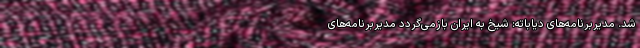
شد. مدیربرنامه‌های دیاباته: شیخ به ایران بازمی‌گردد مدیربرنامه‌های